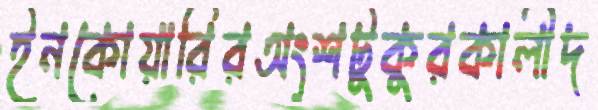
ইনকোয়ারিরঅংশটুকুরকালীদ